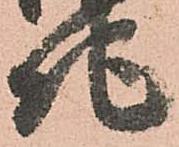
地